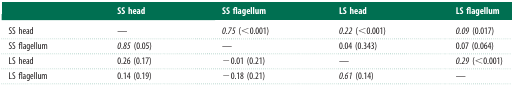
<table><thead><tr><td></td><td><b>SS head</b></td><td><b>SS flagellum</b></td><td><b>LS head</b></td><td><b>LS flagellum</b></td></tr></thead><tbody><tr><td>SS head</td><td>—</td><td><i>0.75</i> (&lt;0.001)</td><td><i>0.22</i> (&lt;0.001)</td><td><i>0.09</i> (0.017)</td></tr><tr><td>SS flagellum</td><td><i>0.85</i> (0.05)</td><td>—</td><td>0.04 (0.343)</td><td>0.07 (0.064)</td></tr><tr><td>LS head</td><td>0.26 (0.17)</td><td>−0.01 (0.21)</td><td>—</td><td><i>0.29</i> (&lt;0.001)</td></tr><tr><td>LS flagellum</td><td>0.14 (0.19)</td><td>−0.18 (0.21)</td><td><i>0.61</i> (0.14)</td><td>—</td></tr></tbody></table>